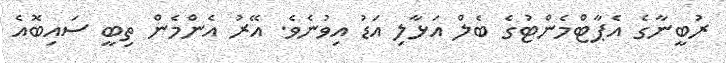
ރުބީނާގެ އެޕާޓްމެންޓުގެ ބެލް އަޅާލި އަޑު އިވުނެވެ. އޭރު އެންމެން ތިބީ ސައިބޮއެ